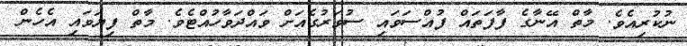
ނުކުރިއެވެ. މާތް އޭނާގެ ފާފަތައް ފުއްސަވައި ސުވަރުގެއަށް ވައްދަވާހުއްޓެވެ. މާތް ފިޔަވައި އެހެން